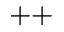
^ { + + }